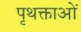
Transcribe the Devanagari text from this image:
पृथक्ताओं